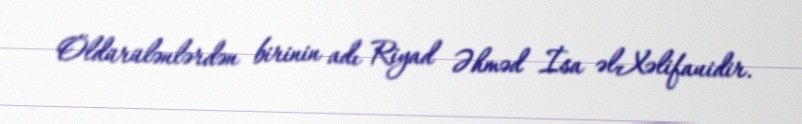
Öldürülənlərdən birinin adı Riyad Əhməd İsa əl-Xəlifauidir.